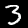
Label: 3